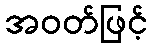
အဝတ်ဖြင့်